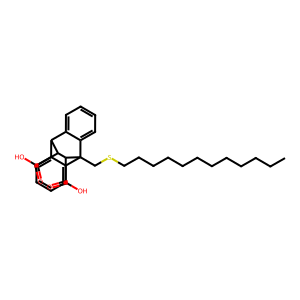
SMILES: CCCCCCCCCCCCSCC12c3ccccc3C(c3ccccc31)C(C(=O)O)C2C(=O)O
Inhibits HIV replication: No